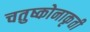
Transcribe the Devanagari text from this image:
चतुष्कोनाकृती